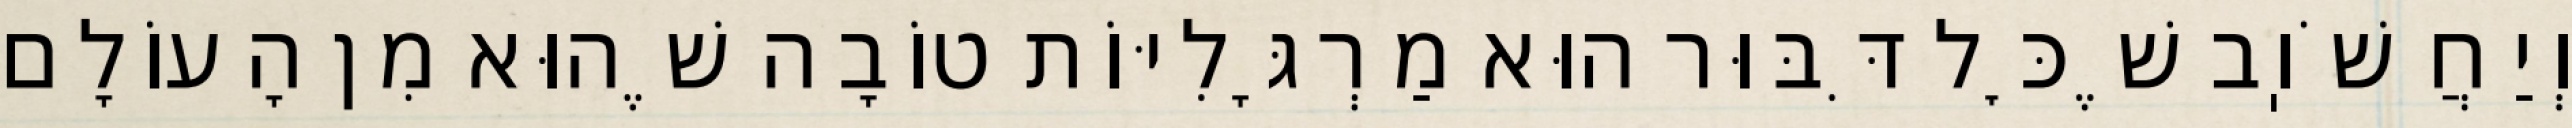
וְיַחֲשֹׁוֽב שֶׁכׇּל דִּבּוּר הוּא מַרְגָּלִיּוֹת טוֹבָה שֶׁהוּא מִן הָעוֹלָם